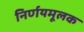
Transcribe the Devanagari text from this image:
निर्णयमूलक